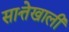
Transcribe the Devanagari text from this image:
सात्तेखाली